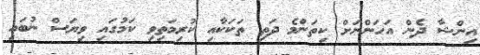
އިންޝާ ދެން އަހަންނަށް ކިތަންމެ ދަތި ތަކަކާއި ކުރިމަތިވި ކަމުގައި ވިޔަސް ނުބައި